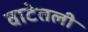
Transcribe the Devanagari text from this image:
वाटेतली